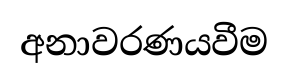
අනාවරණයවීම